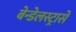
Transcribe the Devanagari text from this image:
बेन्डेलस्ट्रासे